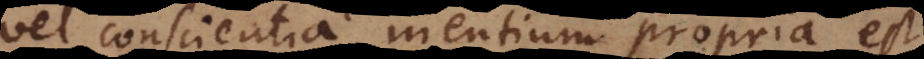
vel conscientia, mentium propria est.